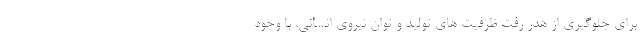
برای جلوگیری از هدر رفت ظرفیت های تولید و توان نیروی انسانی، با وجود